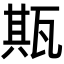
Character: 𤭣